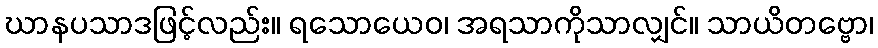
ဃာနပသာဒဖြင့်လည်း။ ရသောယေဝ၊ အရသာကိုသာလျှင်။ သာယိတဗ္ဗော၊